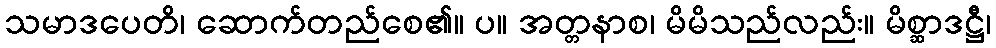
သမာဒပေတိ၊ ဆောက်တည်စေ၏။ ပ။ အတ္တနာစ၊ မိမိသည်လည်း။ မိစ္ဆာဒဋ္ဌီ၊